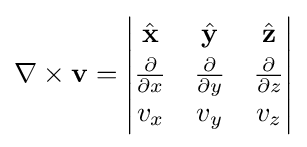
\nabla \times \mathbf {v} =\left|{\begin{matrix}{\hat {\mathbf {x} }}&{\hat {\mathbf {y} }}&{\hat {\mathbf {z} }}\\[2pt]{\frac {\partial }{\partial x}}&{\frac {\partial }{\partial y}}&{\frac {\partial }{\partial z}}\\[2pt]v_{x}&v_{y}&v_{z}\end{matrix}}\right|